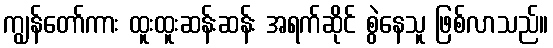
ကျွန်တော်ကား ထူးထူးဆန်းဆန်း အရက်ဆိုင် စွဲနေသူ ဖြစ်လာသည်။